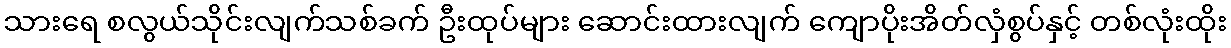
သားရေ စလွယ်သိုင်းလျက်သစ်ခက် ဦးထုပ်များ ဆောင်းထားလျက် ကျောပိုးအိတ်လှံစွပ်နှင့် တစ်လုံးထိုး